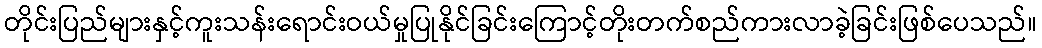
တိုင်းပြည်များနှင့်ကူးသန်းရောင်းဝယ်မှုပြုနိုင်ခြင်းကြောင့်တိုးတက်စည်ကားလာခဲ့ခြင်းဖြစ်ပေသည်။